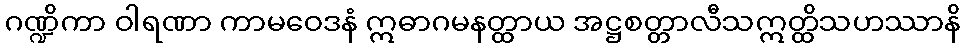
ဂဏ္ဍိကာ ဝါရဏာ ကာမဝေဒနံ ဣဓာဂမနတ္ထာယ အဋ္ဌစတ္တာလီသဣတ္ထိသဟဿာနိ